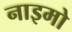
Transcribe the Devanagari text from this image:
नाइमो